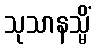
သုသာနသ္မိံ